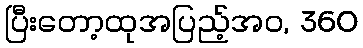
ပြီးတော့ထုအပြည့်အဝ, 360